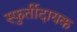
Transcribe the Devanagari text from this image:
स्फुर्तीदायक